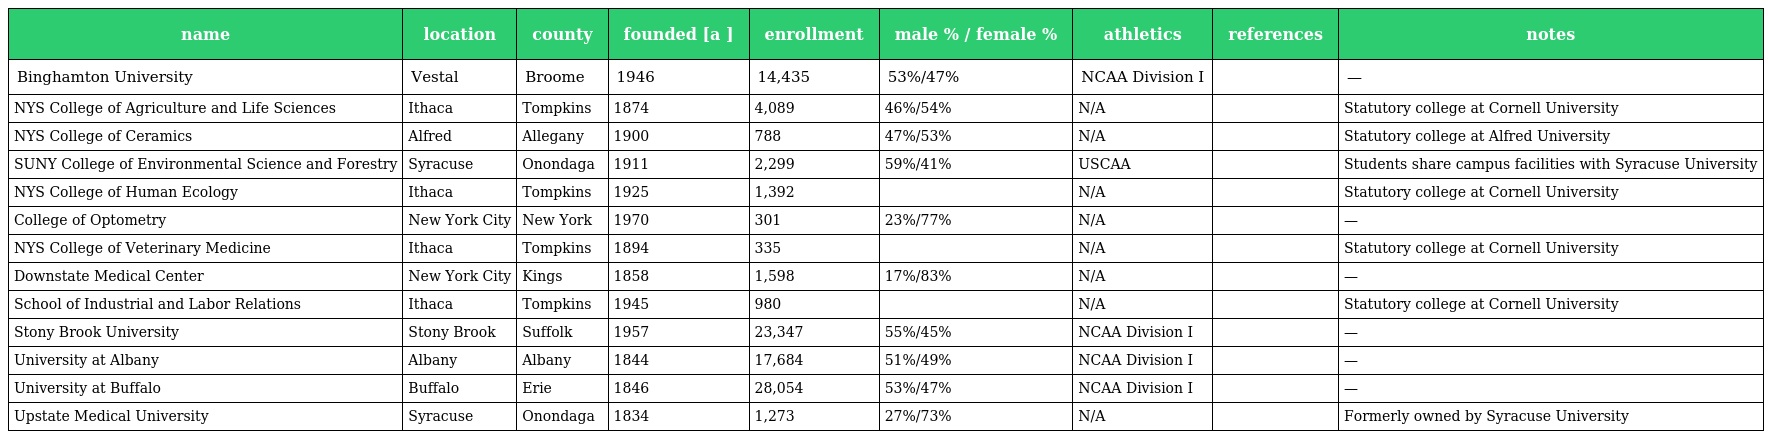
| name | location | county | founded [a ] | enrollment | male % / female % | athletics | references | notes |
 | --- | --- | --- | --- | --- | --- | --- | --- | --- |
 | Binghamton University | Vestal | Broome | 1946 | 14,435 | 53%/47% | NCAA Division I |  | — |
 | NYS College of Agriculture and Life Sciences | Ithaca | Tompkins | 1874 | 4,089 | 46%/54% | N/A |  | Statutory college at Cornell University |
 | NYS College of Ceramics | Alfred | Allegany | 1900 | 788 | 47%/53% | N/A |  | Statutory college at Alfred University |
 | SUNY College of Environmental Science and Forestry | Syracuse | Onondaga | 1911 | 2,299 | 59%/41% | USCAA |  | Students share campus facilities with Syracuse University |
 | NYS College of Human Ecology | Ithaca | Tompkins | 1925 | 1,392 |  | N/A |  | Statutory college at Cornell University |
 | College of Optometry | New York City | New York | 1970 | 301 | 23%/77% | N/A |  | — |
 | NYS College of Veterinary Medicine | Ithaca | Tompkins | 1894 | 335 |  | N/A |  | Statutory college at Cornell University |
 | Downstate Medical Center | New York City | Kings | 1858 | 1,598 | 17%/83% | N/A |  | — |
 | School of Industrial and Labor Relations | Ithaca | Tompkins | 1945 | 980 |  | N/A |  | Statutory college at Cornell University |
 | Stony Brook University | Stony Brook | Suffolk | 1957 | 23,347 | 55%/45% | NCAA Division I |  | — |
 | University at Albany | Albany | Albany | 1844 | 17,684 | 51%/49% | NCAA Division I |  | — |
 | University at Buffalo | Buffalo | Erie | 1846 | 28,054 | 53%/47% | NCAA Division I |  | — |
 | Upstate Medical University | Syracuse | Onondaga | 1834 | 1,273 | 27%/73% | N/A |  | Formerly owned by Syracuse University |